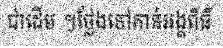
ជាដើម ។ថ្លែងទៅកាន់អង្គពិធី